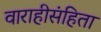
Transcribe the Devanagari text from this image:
वाराहीसंहिता